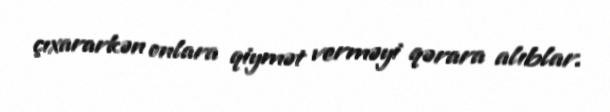
çıxararkən onlara qiymət verməyi qərara alıblar.